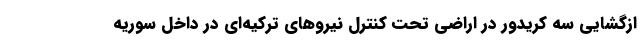
ازگشایی سه کریدور در اراضی تحت کنترل نیروهای ترکیه‌ای در داخل سوریه